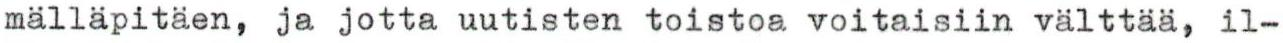
mälläpitäen, ja jotta uutisten toistoa voitaisiin välttää, il-